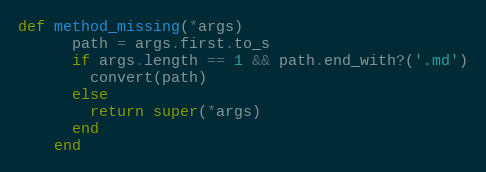
Language: Ruby
def method_missing(*args)
      path = args.first.to_s
      if args.length == 1 && path.end_with?('.md')
        convert(path)
      else
        return super(*args)
      end
    end